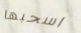
اسحبها